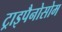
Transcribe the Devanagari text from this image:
ट्राइपैनोसोम